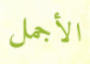
الأجمل